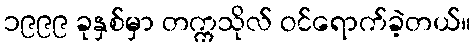
၁၉၉၉ ခုနှစ်မှာ တက္ကသိုလ် ဝင်ရောက်ခဲ့တယ်။